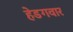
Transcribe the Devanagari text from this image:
हेडगवार